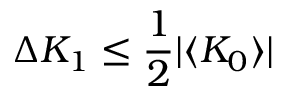
\Delta K _ { 1 } \leq \frac { 1 } { 2 } \vert \langle K _ { 0 } \rangle \vert